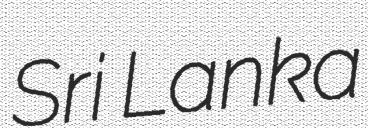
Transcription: Sri Lanka